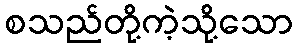
စသည်တို့ကဲ့သို့သော